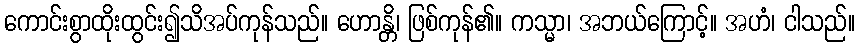
ကောင်းစွာထိုးထွင်း၍သိအပ်ကုန်သည်။ ဟောန္တိ၊ ဖြစ်ကုန်၏။ ကသ္မာ၊ အဘယ်ကြောင့်။ အဟံ၊ ငါသည်။